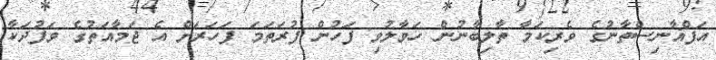
އަފްޣާނިސްތާނުގެ ވެރިކަމާ ތާލިބާނުން ހަވާލުވި ފަހުން ފުރަތަމަ ފަހަރަށް އެ ޖަމާއަތުގެ ވަފުދަކާ